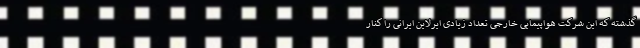
گذشته که این شرکت هواپیمایی خارجی تعداد زیادی ایرلاین ایرانی را کنار